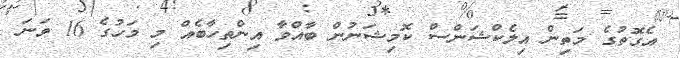
އެގޮތުގެ މަތިން އިލެކްޝަންސް ކޮމިޝަނުން ބާއްވާ އިންތިހާބެއް މި މަހުގެ 16 ވަނަ